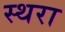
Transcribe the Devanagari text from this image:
स्थरा